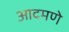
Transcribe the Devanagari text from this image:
आदमणे